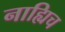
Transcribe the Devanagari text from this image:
नाह्यिच